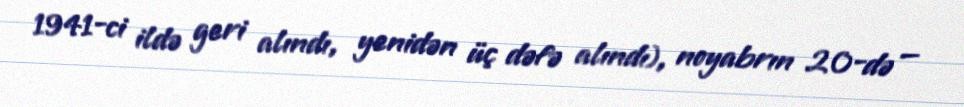
1941-ci ildə geri alındı, yenidən üç dəfə alındı), noyabrın 20-də —